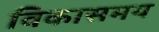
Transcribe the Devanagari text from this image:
विकासमय